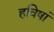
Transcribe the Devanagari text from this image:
हविषां